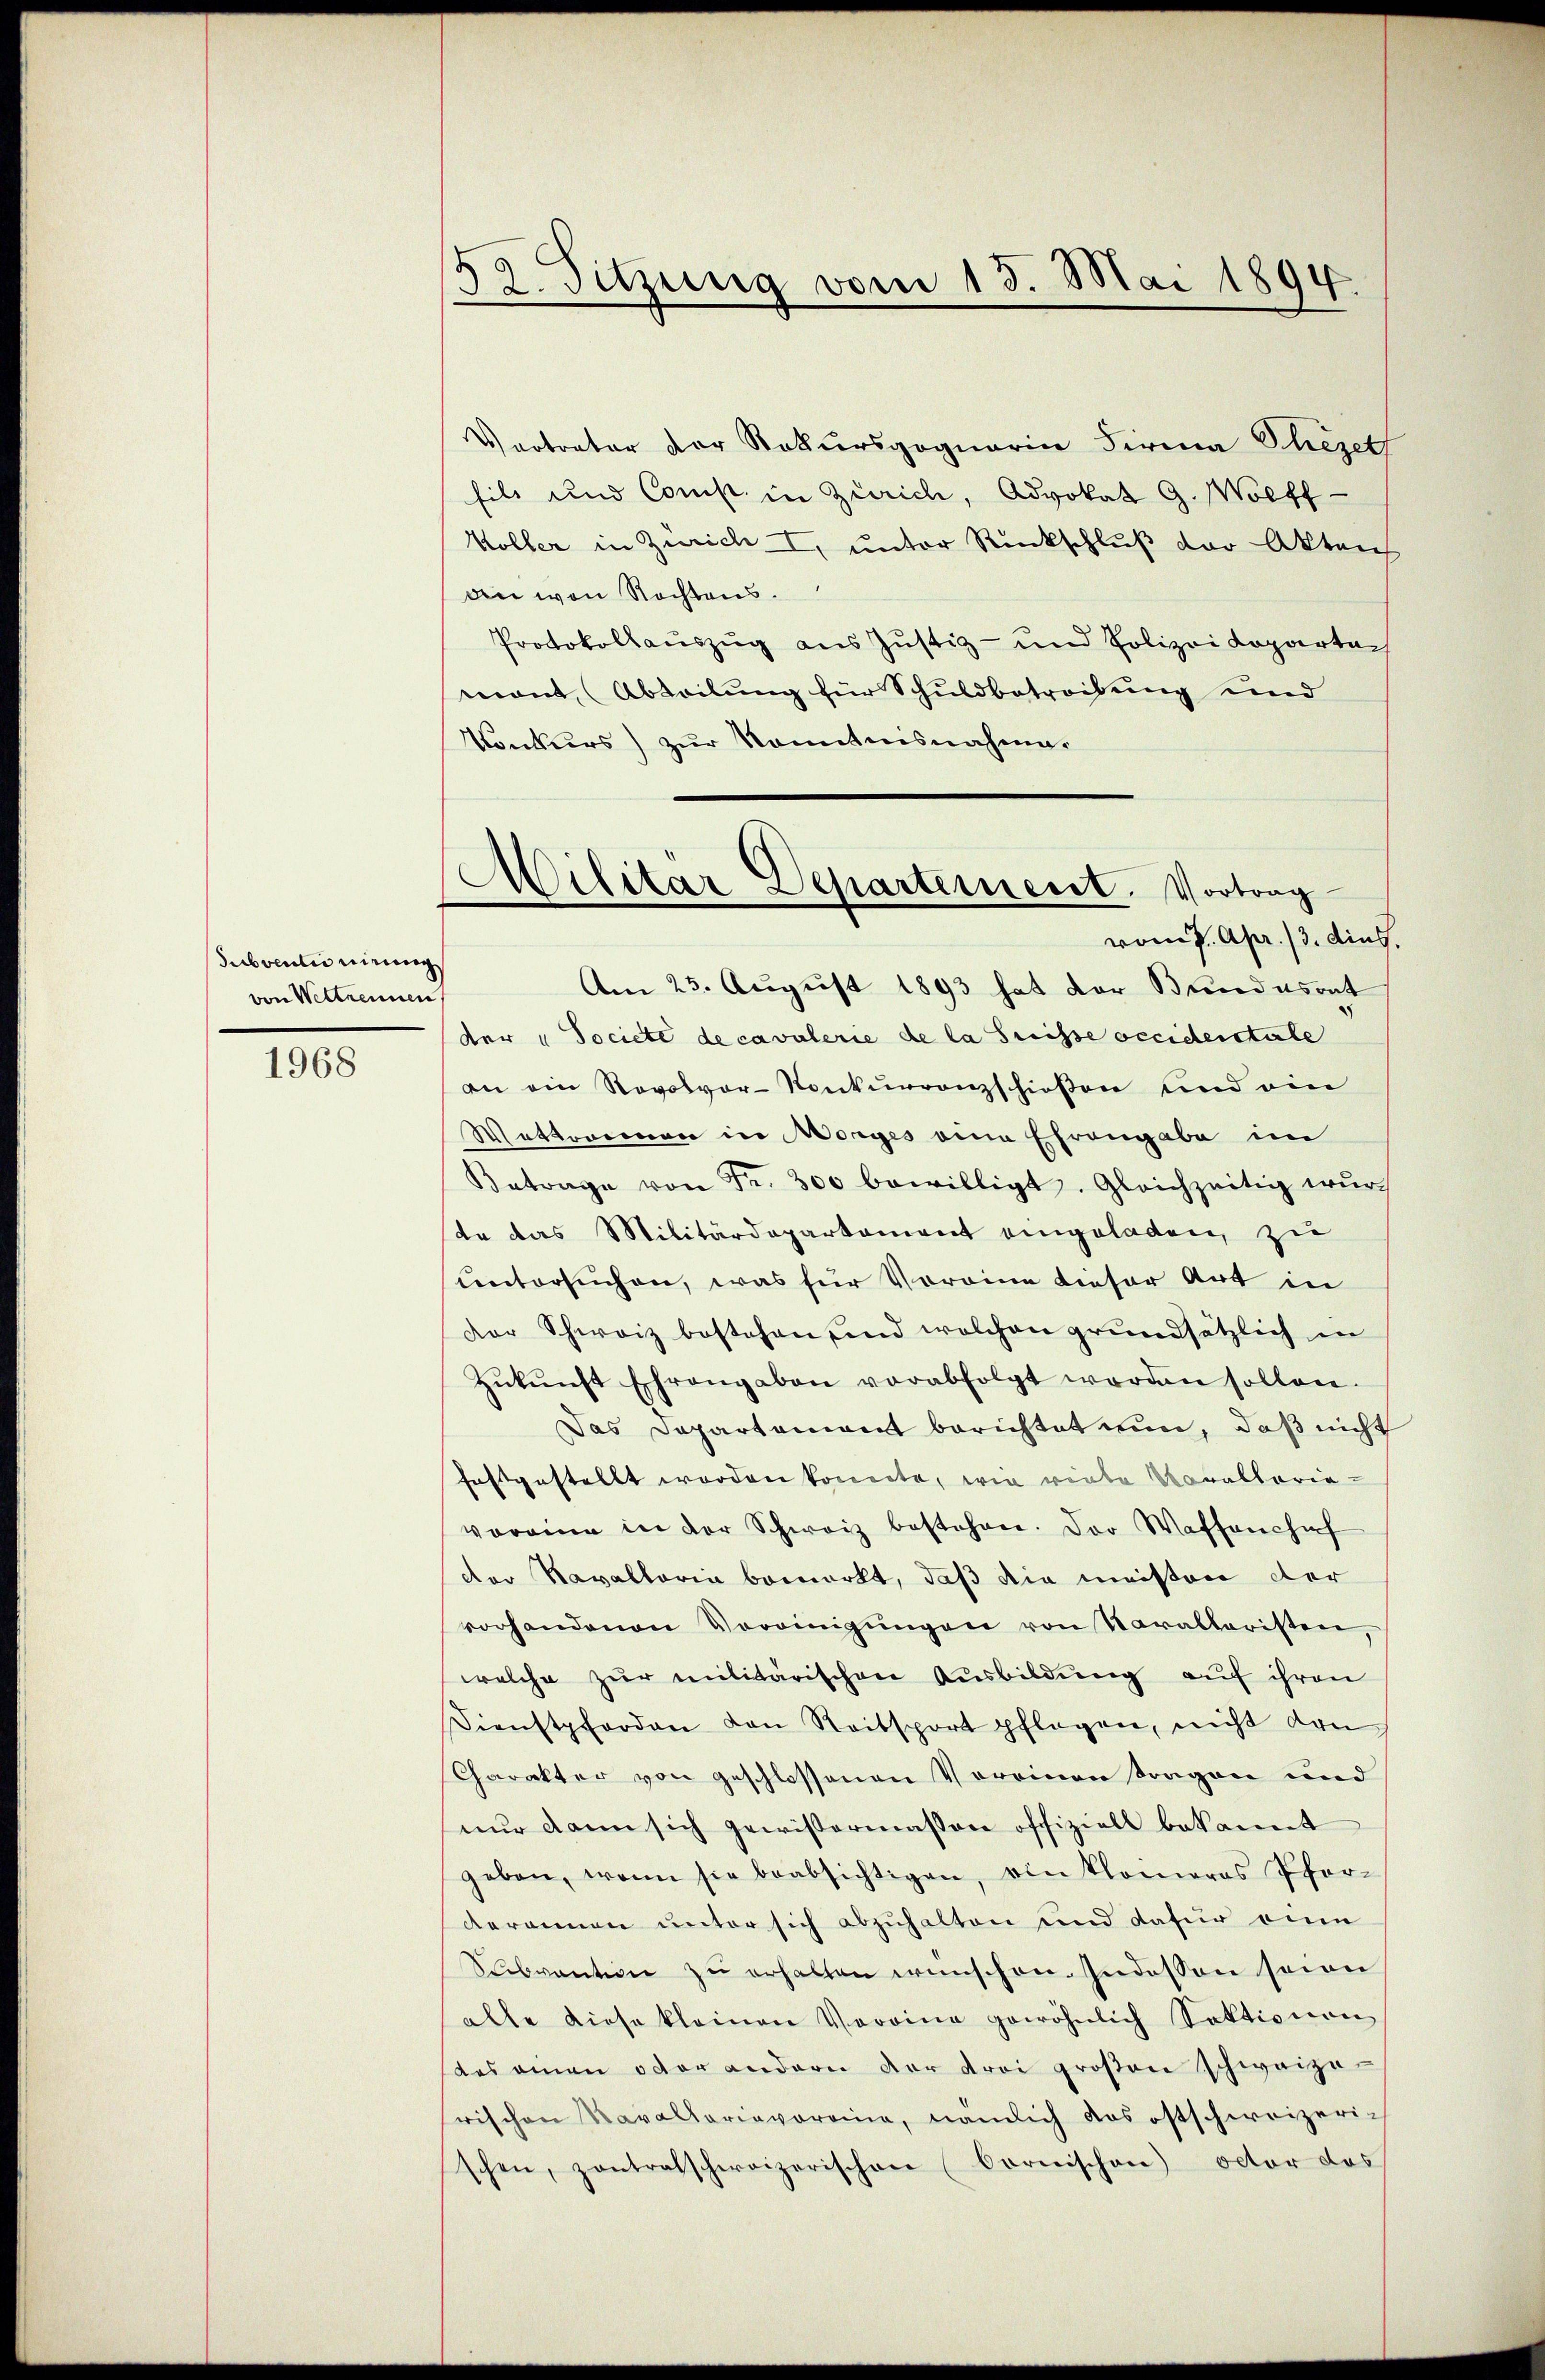
Subventinirung
von Weltrennen

1968

58. Sitzung vom 13. Mai 1894

Vertreter der Rekursgoquaria Firma Shezet
fils und Comp. in Zürich, Advokat G. Wolff
Völler in Zürich I, unter Rückschluß der Aktenh
an von Rechtens
Protokollauszug aus Justiz- und Polizei Koparten
mont, (Abteilung für Schuldbetreifung und
Konkurs) zur Kenntnisnahme.
Am 23. August 1893 hat der Bundasont
der "Societe de cavulerie de la Suisse occidentale
an ein Revolver-Konkurrenzschießen und ein
Wetterman in Morges eine Ehrengabe im
Betrage von Fr. 300 bewilligt. Gleichzeitig wur
te das Militärdepartement eingeladen, zu
untersuchen, was für Voreine dieser Art in
der Schweiz bestehen sind welchen grundsätzlich in
Zŭkŭnft Ehrengaben verabfolgt worden sollen.
Das Departement berichtet nun, daß nicht
festgestellt worden konnte, wie virte Morallerie-
voreine in der Schweiz bestehen. Der Waffenschaf
der Kavallaria bemerkt, daß die meistere der
vorhandenen Vereinigŭngen von Varaltaristen,
welche zur militärischen Ausbildung auf ihren
Dienstpferden den Reitsport pflegen, nicht den
Charakter von geschlossenen Voreinen tragen und
nŭr dann sich gewissermassen offiziell bekannt
geben, wenn sie beabsichtigen, ein klameras Pfor-
derannen unter sich abzuhalten und dafür anin
Subvention zŭ erhalten wünschen. Indessen seien
alle diese kleinen Voroine gewöhnlich Sektionen
das ainen oder andern der drei großen schweizerischen Kavallariavoreine, nämlich das ostschweizerischen, zontratschweizerischen (Cornischen) octor das

Militär Departerneret. Vortrag
vom 7. Apr. /3. dies